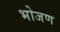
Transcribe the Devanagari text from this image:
भोजण